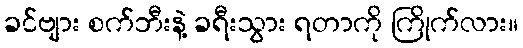
ခင်ဗျား စက်ဘီးနဲ့ ခရီးသွား ရတာကို ကြိုက်လား။